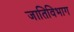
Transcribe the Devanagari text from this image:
जातिविभाग